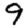
Digit: 9